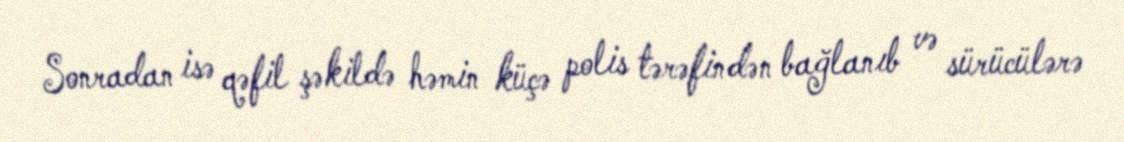
Sonradan isə qəfil şəkildə həmin küçə polis tərəfindən bağlanıb və sürücülərə